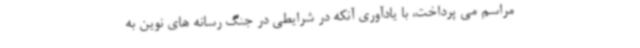
مراسم می پرداخت، با یادآوری آنکه در شرایطی در جنگ رسانه های نوین به